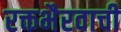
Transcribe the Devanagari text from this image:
रक्तभैरवाची